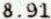
8.91